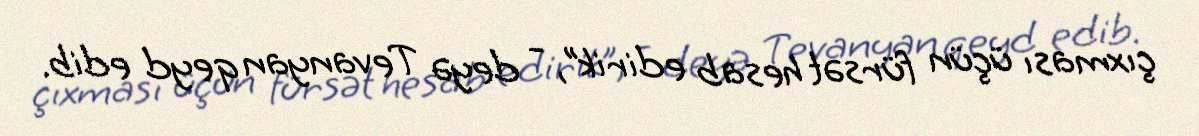
çıxması üçün fürsət hesab edirik”, - deyə Tevanyan qeyd edib.